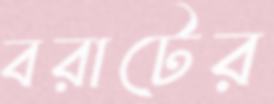
বরাটের